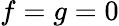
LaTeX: f=g=0